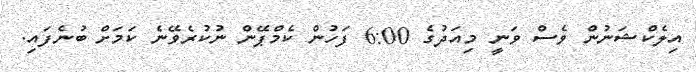
އިލެކްޝަނުން ވެސް ވަނީ މިއަދުގެ 6:00 ފަހުން ކެމްޕޭން ނުކުރެވޭނެ ކަމަށް ބުނެފައި.